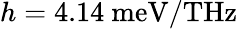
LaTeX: h=4.14~\mathrm{meV/THz}